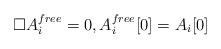
LaTeX: \begin{align*}\Box A_i^{free} = 0, A_i^{free}[0] = A_{i}[0] \end{align*}